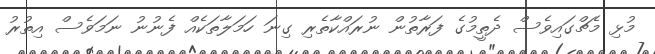
މުޅި މެޗްގައިވެސް ދެތީމުގެ ފަރާތުން ނުރައްކާތެރި ގިނަ ހަމަލާތަކެއް ފެނުނު ނަމަވެސް އިތުރު